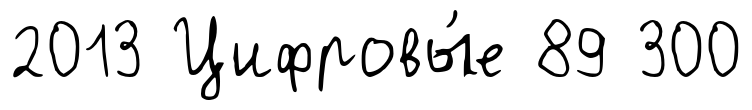
2013 Цифровы́е 89 300